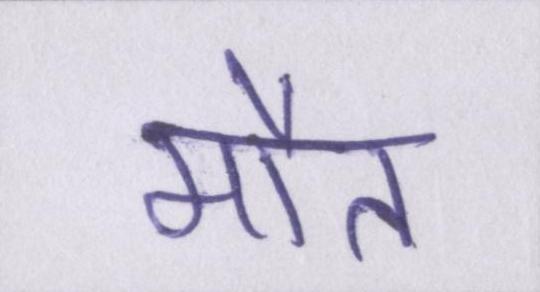
मौत